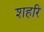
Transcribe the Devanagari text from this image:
शहरि